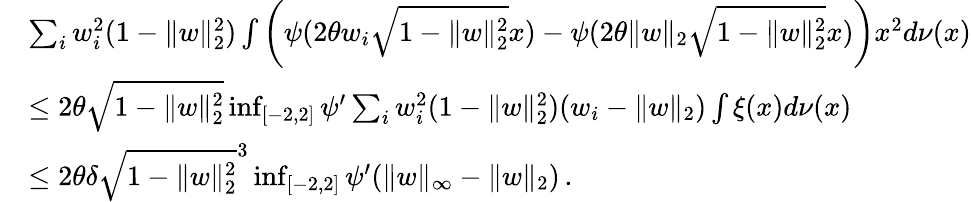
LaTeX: \begin{array}{rl}&{\sum_{i}w_{i}^{2}(1-\| w\| _{2}^{2})\int\left(\psi(2\theta w_{i}\sqrt{1-\| w\| _{2}^{2}}x)-\psi(2\theta\| w\| _{2}\sqrt{1-\| w\| _{2}^{2}}x)\right)x^{2}d\nu(x)}\\ &{\le 2\theta\sqrt{1-\| w\| _{2}^{2}}\operatorname*{inf}_{[-2,2]}\psi^{\prime}\sum_{i}w_{i}^{2}(1-\| w\| _{2}^{2})(w_{i}-\| w\| _{2})\int\xi(x)d\nu(x)}\\ &{\le 2\theta\delta\sqrt{1-\| w\| _{2}^{2}}^{3}\operatorname*{inf}_{[-2,2]}\psi^{\prime}(\| w\| _{\infty}-\| w\| _{2})\, .}\end{array}